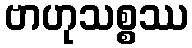
ဗာဟုသစ္စဿ